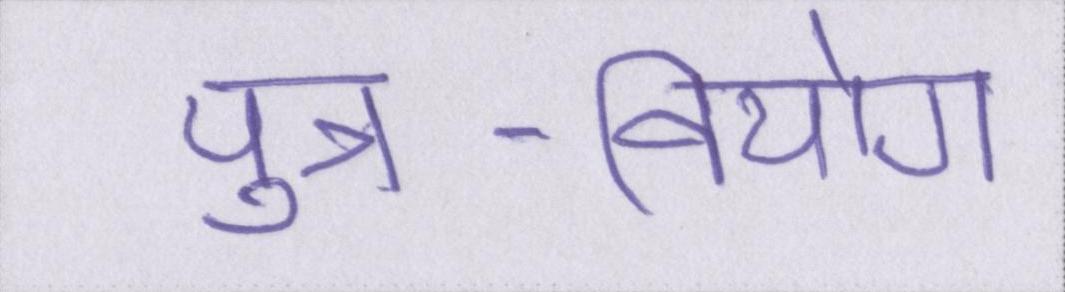
पुत्र-वियोग